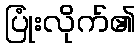
ပြုံးလိုက်၏